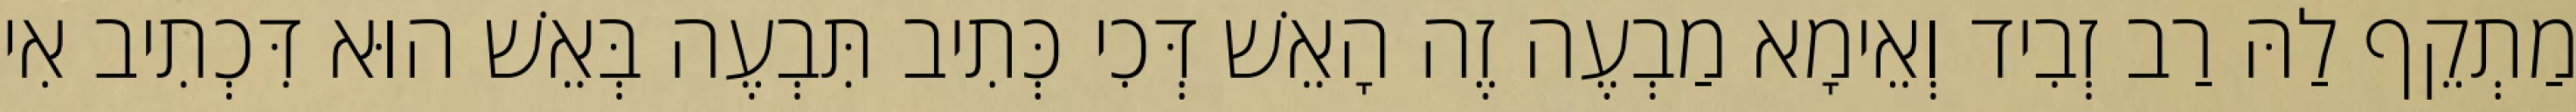
מַתְקֵף לַהּ רַב זְבִיד וְאֵימָא מַבְעֶה זֶה הָאֵשׁ דְּכִי כְּתִיב תִּבְעֶה בְּאֵשׁ הוּא דִּכְתִיב אִי